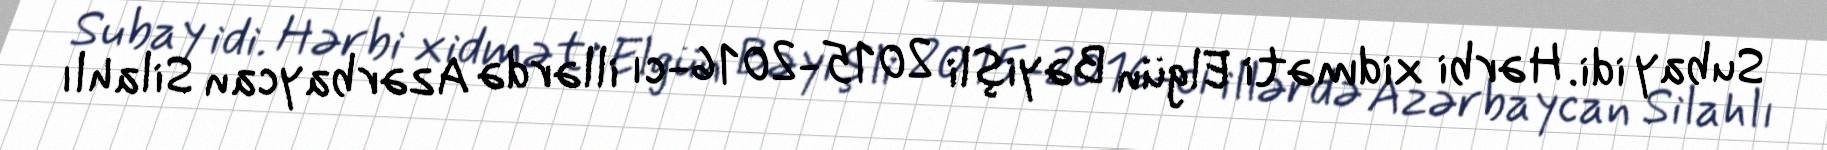
Subay idi. Hərbi xidməti Elgün Bəyişli 2015-2016-cı illərdə Azərbaycan Silahlı